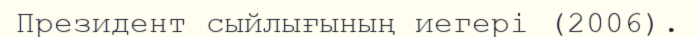
Президент сыйлығының иегері (2006).